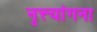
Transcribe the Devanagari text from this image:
नृत्त्यांगना